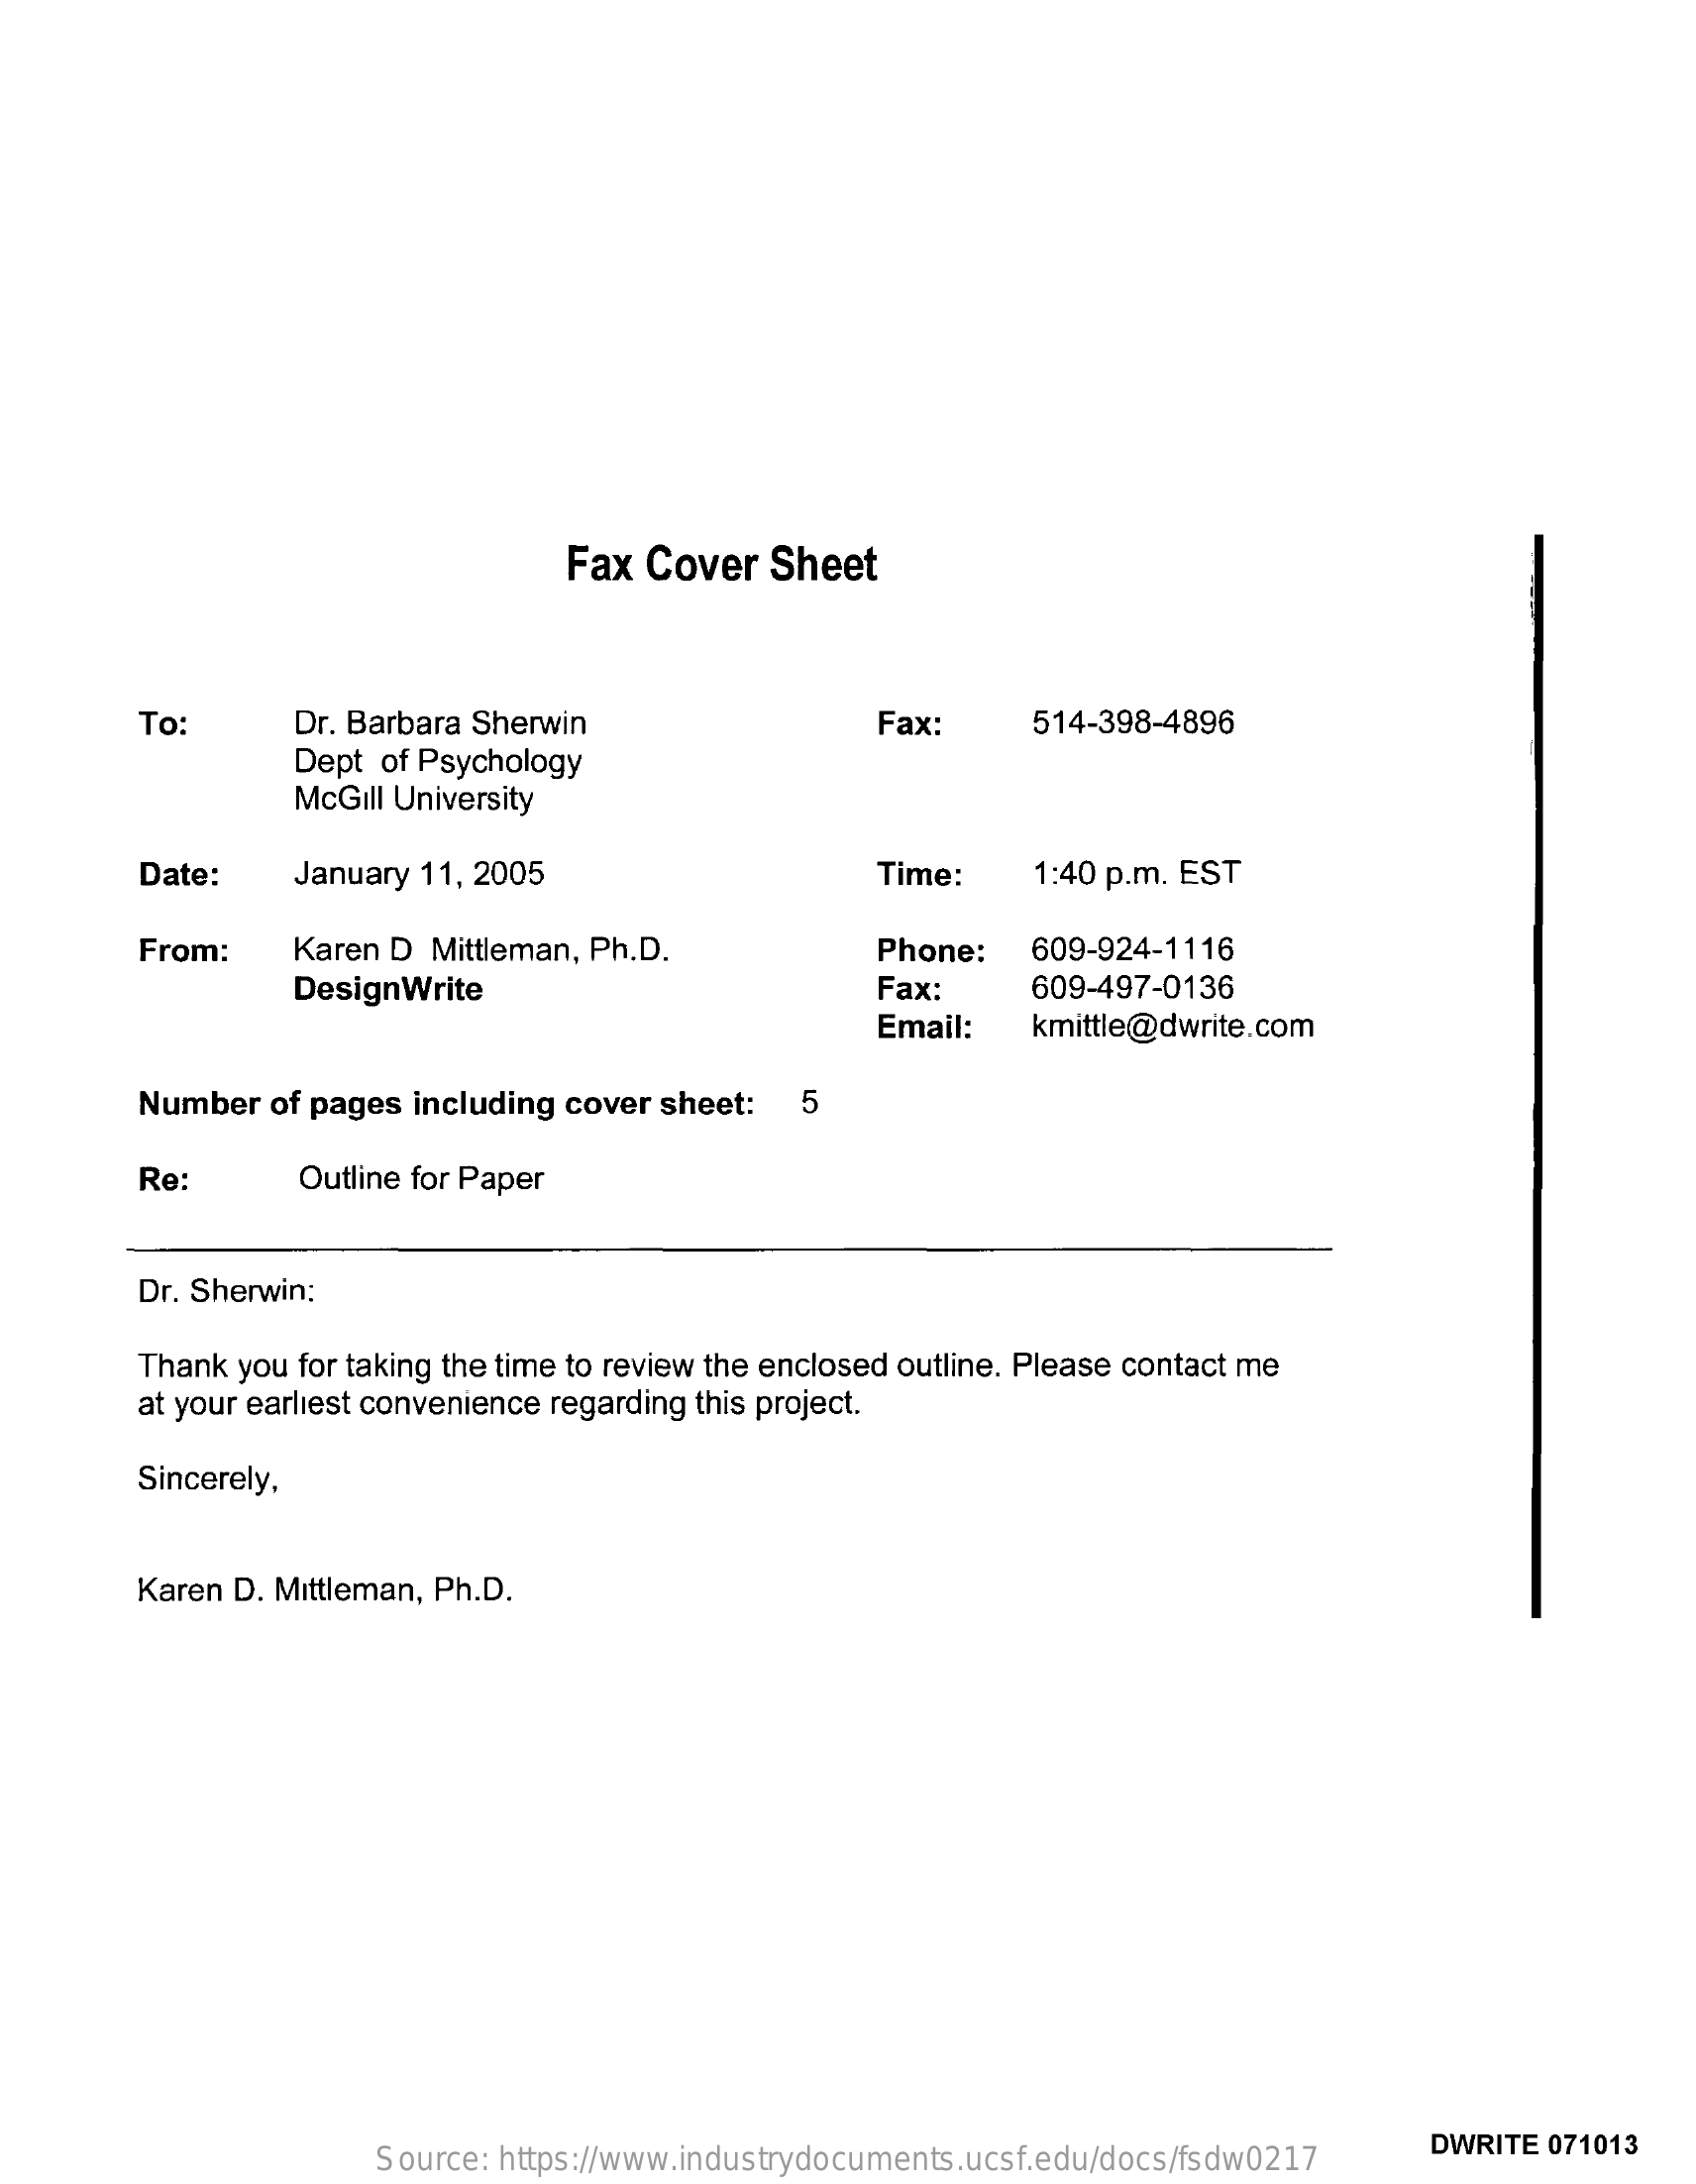
Fax Cover  Sheet
     To:    Dr. Barbara Sherwin    Fax:    514-398-4896
     Dept of Psychology
     McGill University
     Date:    January 11, 2005    Time:    1:40 p.m. EST
     From:    Karen D Mittleman, Ph.D.    Phone:   609-924-1116
     DesignWrite    Fax:    609-497-0136
     Email:   kmittle@dwrite.com
     Number  of pages including cover sheet: 5
     Re:    Outline for Paper
     Dr. Sherwin:
     Thank you for taking the time to review the enclosed outline. Please contact me
     at your earliest convenience regarding this project.
     Sincerely,
     Karen D. Mittleman, Ph.D.
     Source: https://www.industrydocuments.ucsf.edu/docs/fsdw0217
     DWRITE 071013